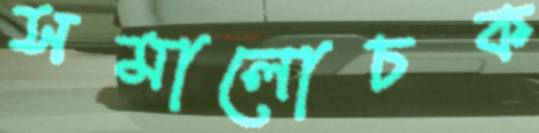
সমালোচক